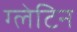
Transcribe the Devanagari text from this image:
ग्लेटिन